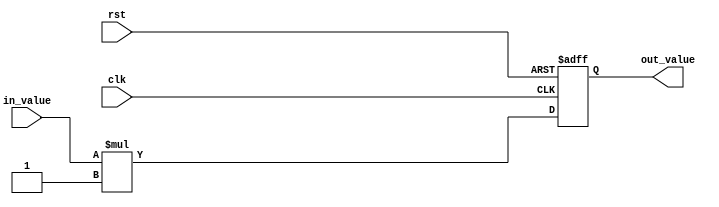

module simple_testcase_with_neg_constant(
    input wire clk,
    input wire rst,
    input wire signed [7:0] in_value,
    output reg signed [7:0] out_value
);

always @(posedge clk or negedge rst) begin
    if (!rst) begin
        out_value <= 0;
    end else begin
        // Multiply by -2'sd1 to negate the value
        out_value <= in_value * (-2'sd1);
    end
end

endmodule